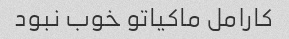
کارامل ماکیاتو خوب نبود